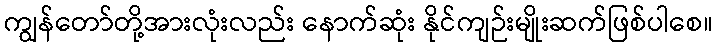
ကျွန်တော်တို့အားလုံးလည်း နောက်ဆုံး နိုင်ကျဉ်းမျိုးဆက်ဖြစ်ပါစေ။